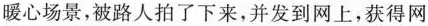
暖心场景，被路人拍了下来，并发到网上，获得网